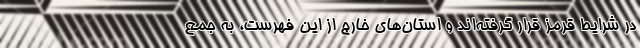
در شرایط قرمز قرار گرفته‌اند و استان‌های خارج از این فهرست، به جمع